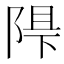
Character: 𲉓